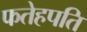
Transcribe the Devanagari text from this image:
फतेहपति